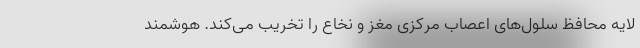
لایه محافظ سلول‌های اعصاب مرکزی مغز و نخاع را تخریب می‌کند. هوشمند